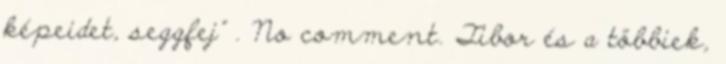
képeidet, seggfej" . No comment. Tibor és a többiek,